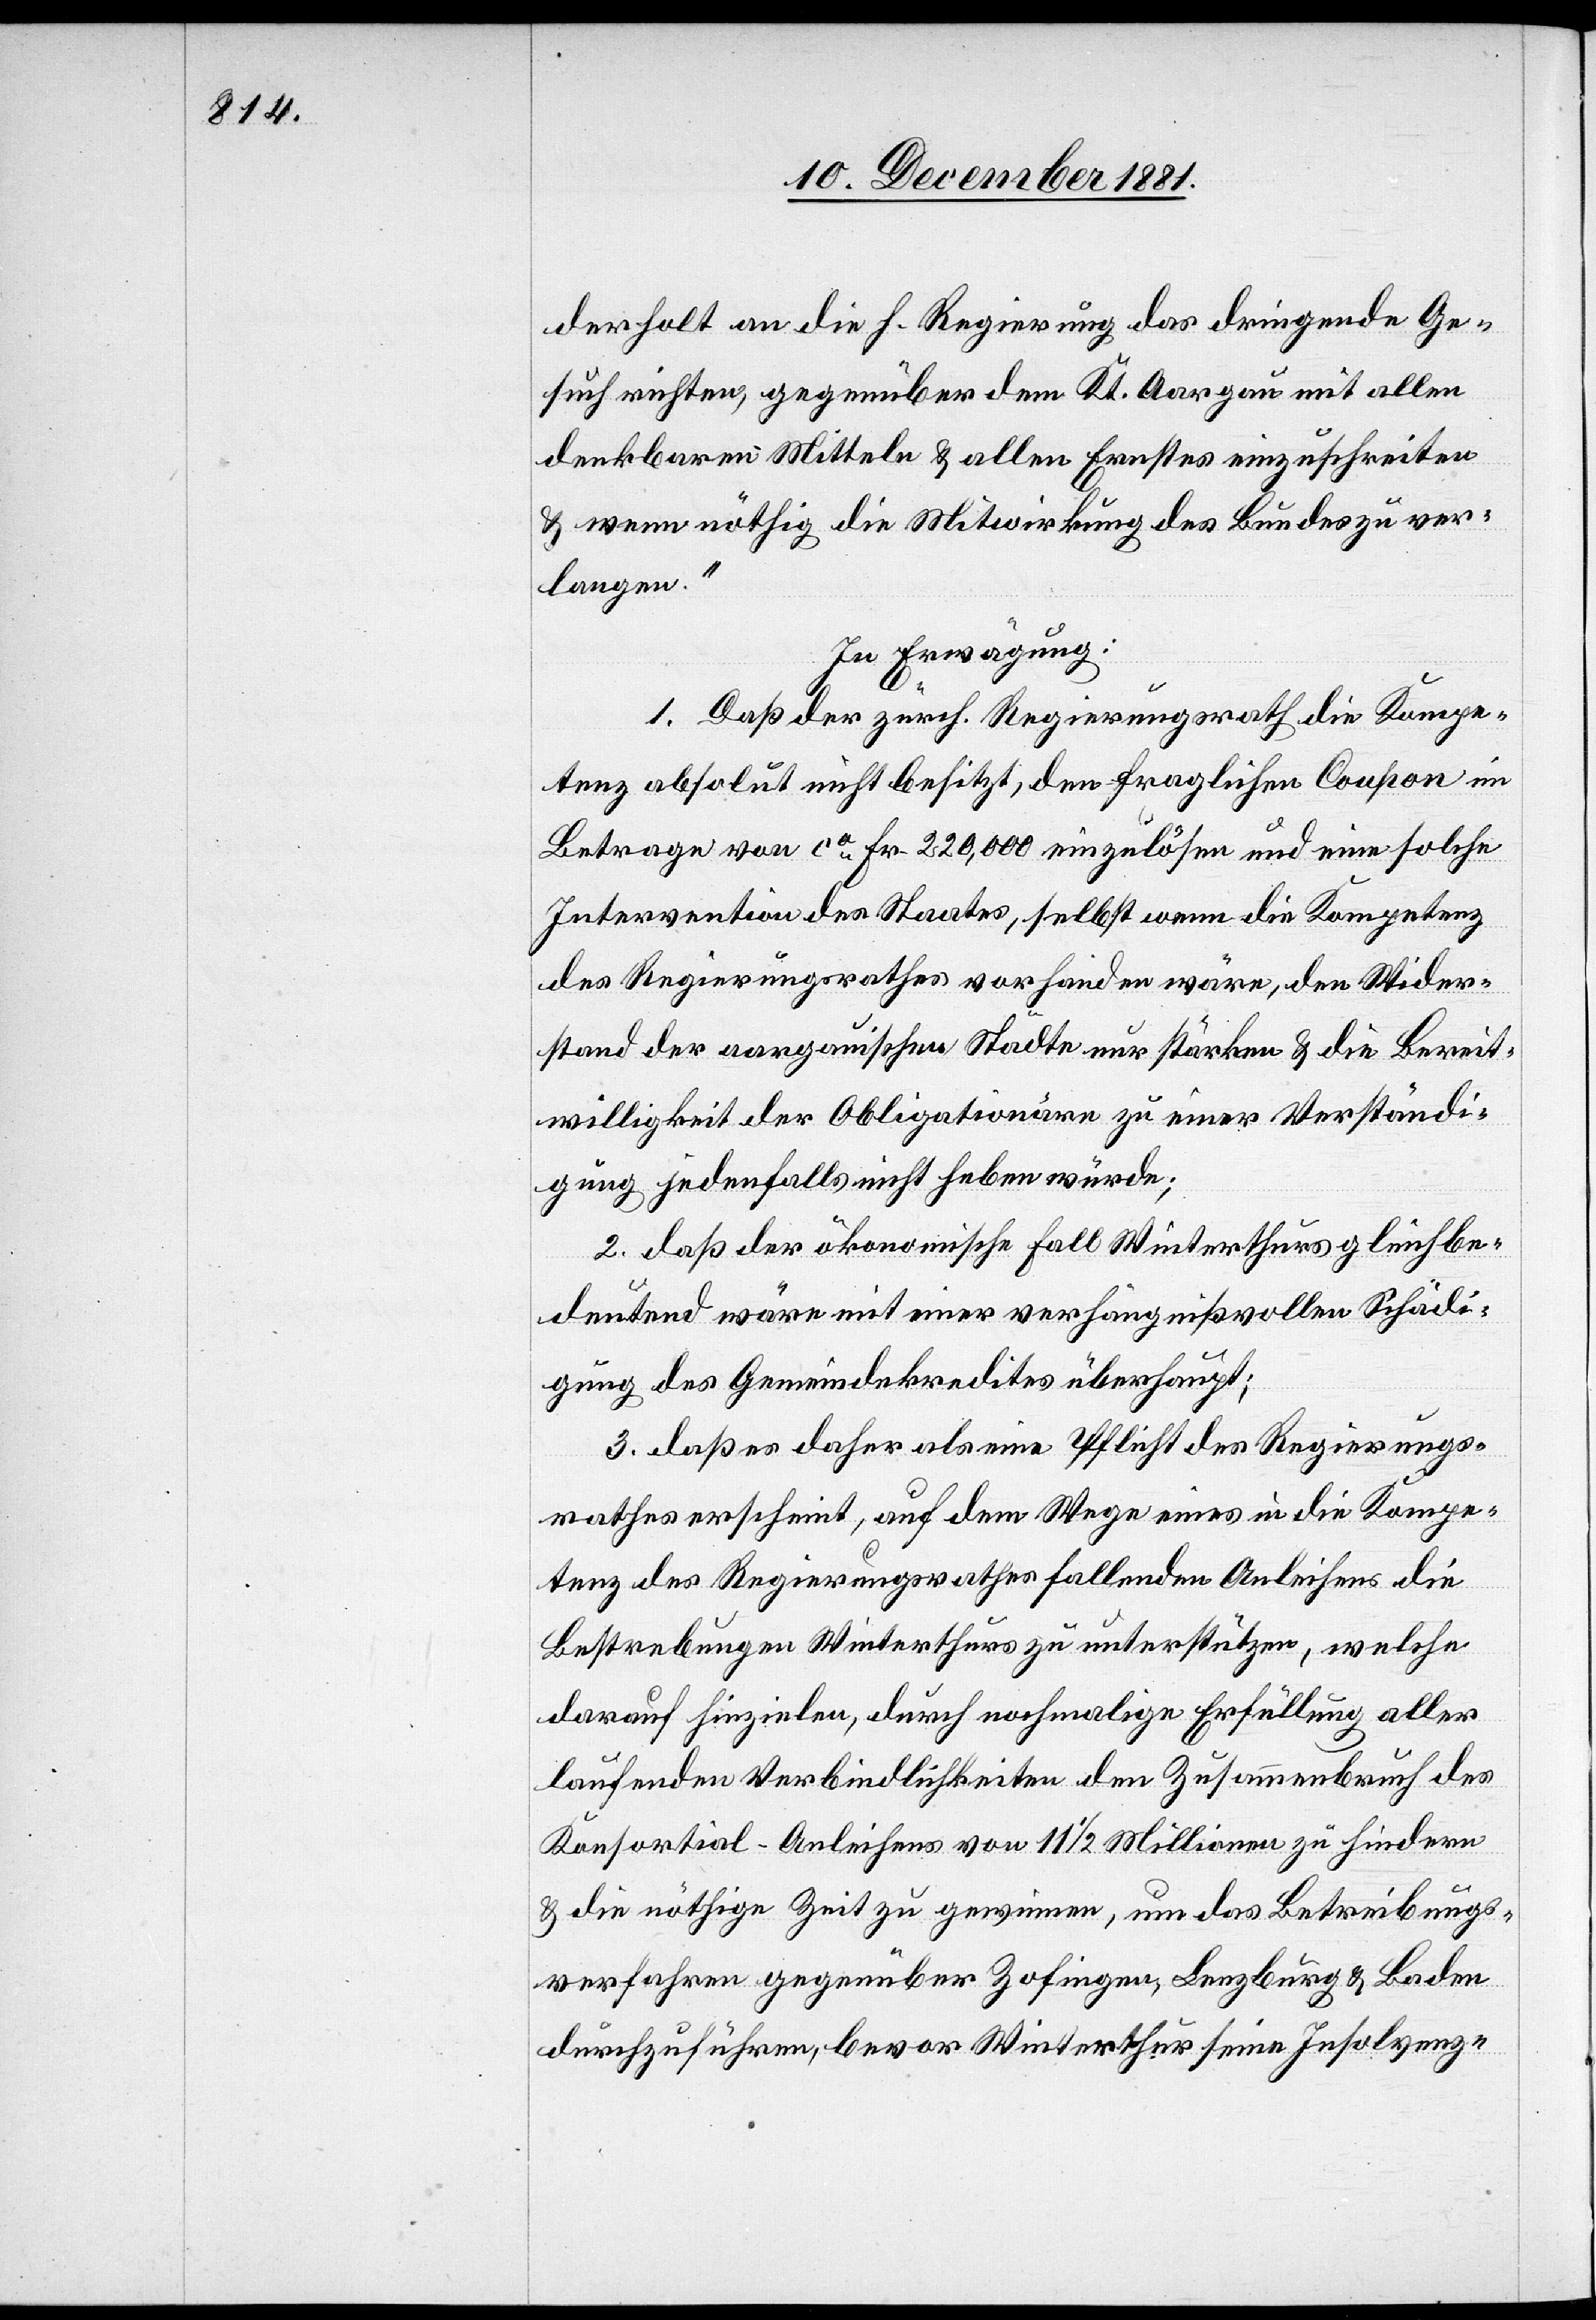
derholt an die h. Regierung das dringende Ge¬
such richten, gegenüber dem Kt. Aargau mit allen
denkbaren Mitteln & allen Ernstes einzuschreiten
& wenn nöthig die Mitwirkung des Bundes zu ver¬
langen.“
In Erwägung:
1. Daß der zürch. Regierungsrath die Kompe¬
tenz absolut nicht besitzt, den fraglichen Coupon im
betrage von ca Fr. 220,000 einzulösen und eine solche
Intervention des Staates, selbst wenn die Kompetenz
des Regierungsrathes vorhanden wäre, den Wider¬
stand der aargauischen Städte nur stärken & die Bereit¬
willigkeit der Obligationäre zu einer Verständi¬
gung jedenfalls nicht haben würde;
2. daß der ökonomische Fall Winterthurs gleichbe¬
deutend wäre mit einer verhängnißvollen Schädi¬
gung des Gemeindekredites überhaupt;
3. daß es daher als eine Pflicht des Regierungs¬
rathes erscheint, auf dem Wege eines in die Kompe¬
tenz des Regierungsrathes fallenden Anleihens die
Bestrebungen Winterthurs zu unterstützten, welche
darauf hinzielen, durch nochmalige Erfüllung aller
laufenden Verbindlichkeiten den Zusammenbruch des
Konsortial-Anleihens von 11 1/2 Millionen zu hindern
& die nöthige Zeit zu gewinnen, um das Betreibungs¬
verfahren gegenüber Zofingen, Lenzburg & Baden
durchzuführen, bevor Winterthur seine Insolvenz-